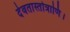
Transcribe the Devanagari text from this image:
देवतास्तोत्राणि।